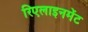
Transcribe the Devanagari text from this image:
रिएलाइनमेंट